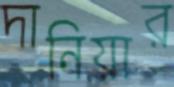
দানিয়ার